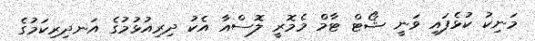
މަނިކު ކުޅެފައި ވަނީ ޝޯޓް ޓާމް މެމޮރީ ލޮސްއާ އެކު ދިރިއުޅުމުގެ އަނދިރިކަމުގެ